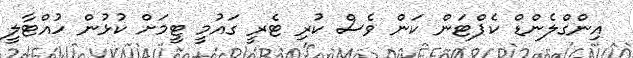
އިންގްލެންޑް ކެޕްޓަން ކަން ވެސް ކުރި ޓެރީ ގައުމީ ޓީމަށް ކުޅުން ހުއްޓާލީ